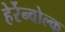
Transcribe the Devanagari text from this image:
हेर्रेन्वोल्क